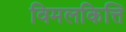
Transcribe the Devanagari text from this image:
विमलकित्ति